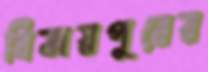
বিজয়পুরের